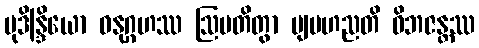
မုဒိန္ဒြိယော ဓနုဂ္ဂဟဿ ဩပတိတွာ ဗျပဟညတိ ဝိဘဇန္တဿ